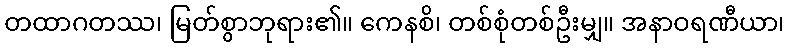
တထာဂတဿ၊ မြတ်စွာဘုရား၏။ ကေနစိ၊ တစ်စုံတစ်ဦးမျှ။ အနာဝရဏီယာ၊